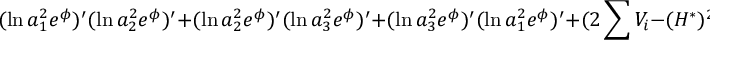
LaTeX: ( \ln a _ { 1 } ^ { 2 } e ^ { \phi } ) ^ { \prime } ( \ln a _ { 2 } ^ { 2 } e ^ { \phi } ) ^ { \prime } + ( \ln a _ { 2 } ^ { 2 } e ^ { \phi } ) ^ { \prime } ( \ln a _ { 3 } ^ { 2 } e ^ { \phi } ) ^ { \prime } + ( \ln a _ { 3 } ^ { 2 } e ^ { \phi } ) ^ { \prime } ( \ln a _ { 1 } ^ { 2 } e ^ { \phi } ) ^ { \prime } + ( 2 \sum V _ { i } - ( H ^ { \ast } ) ^ { 2 } ) a ^ { 6 } e ^ { 2 \phi } = \phi ^ { \prime 2 } ,